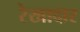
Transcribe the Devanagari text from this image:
रेखादार